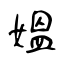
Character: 媼